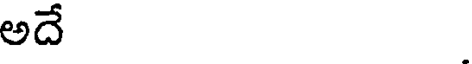
అదే